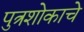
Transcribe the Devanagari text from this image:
पुत्रशोकाचे